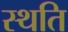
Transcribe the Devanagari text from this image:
स्‍थति